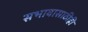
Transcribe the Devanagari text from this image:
सभावासाठीही